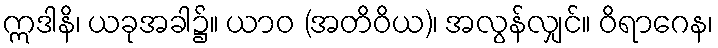
ဣဒါနိ၊ ယခုအခါ၌။ ယာဝ (အတိဝိယ)၊ အလွန်လျှင်။ ဝိရာဂေန၊